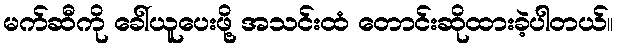
မက်ဆီကို ခေါ်ယူပေးဖို့ အသင်းထံ တောင်းဆိုထားခဲ့ပါတယ်။